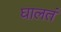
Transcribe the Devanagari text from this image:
घालतं